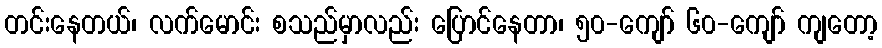
တင်းနေတယ်၊ လက်မောင်း စသည်မှာလည်း ပြောင်နေတာ၊ ၅၀-ကျော် ၆၀-ကျော် ကျတော့